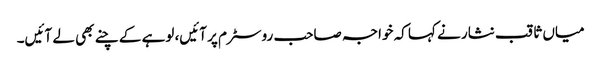
میاں ثاقب نثار نے کہا کہ خواجہ صاحب روسٹرم پر آئیں، لوہے کے چنے بھی لے آئیں۔